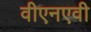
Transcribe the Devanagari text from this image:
वीएनएवी